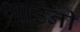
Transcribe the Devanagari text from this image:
भाउंनी